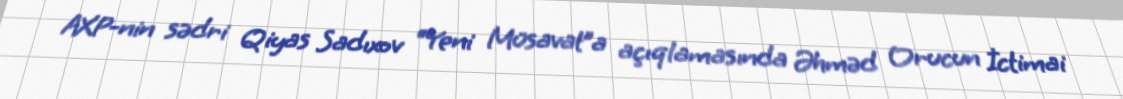
AXP-nin sədri Qiyas Sadıxov “Yeni Müsavat”a açıqlamasında Əhməd Orucun İctimai